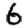
Digit: 6